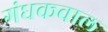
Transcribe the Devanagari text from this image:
गंधकवाल